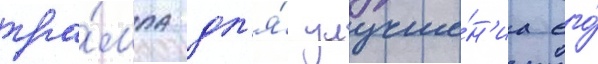
тра́мпа дл'я́ улучше́н'иа его́